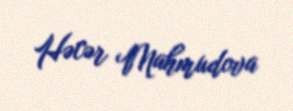
Həcər Mahmudova